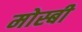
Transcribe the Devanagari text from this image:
मोस्बी